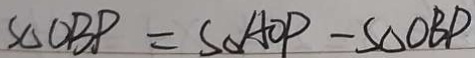
S _ { \Delta O B P } = S _ { \Delta } A O P - S _ { \Delta O B P }